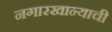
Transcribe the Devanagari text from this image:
नगारखान्याची